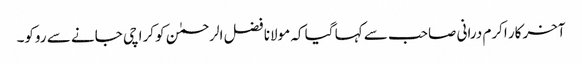
آخرکار اکرم درانی صاحب سے کہا گیا کہ مولانا فضل الرحمٰن کو کراچی جانے سے روکو۔